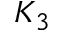
K _ { 3 }